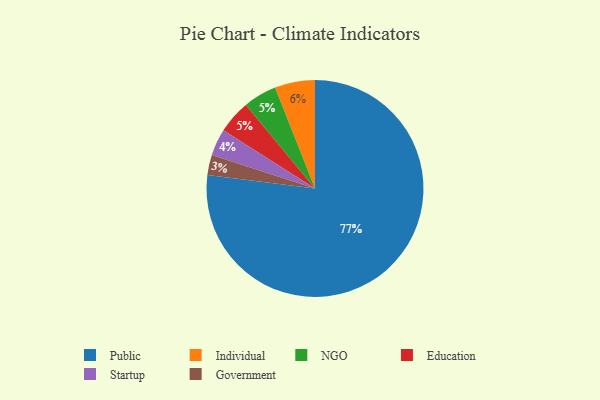
{"axis": {"x": "Category", "y": "Percentage"}, "legend": ["Education", "Government", "Individual", "NGO", "Public", "Startup"], "data": [{"x": "Government", "y": 3, "type": "Government"}, {"x": "Startup", "y": 4, "type": "Startup"}, {"x": "NGO", "y": 5, "type": "NGO"}, {"x": "Education", "y": 5, "type": "Education"}, {"x": "Public", "y": 77, "type": "Public"}, {"x": "Individual", "y": 6, "type": "Individual"}]}